Punjab Mental Hospital Lahore 1922-31 - 1922-1931
Year: 1922
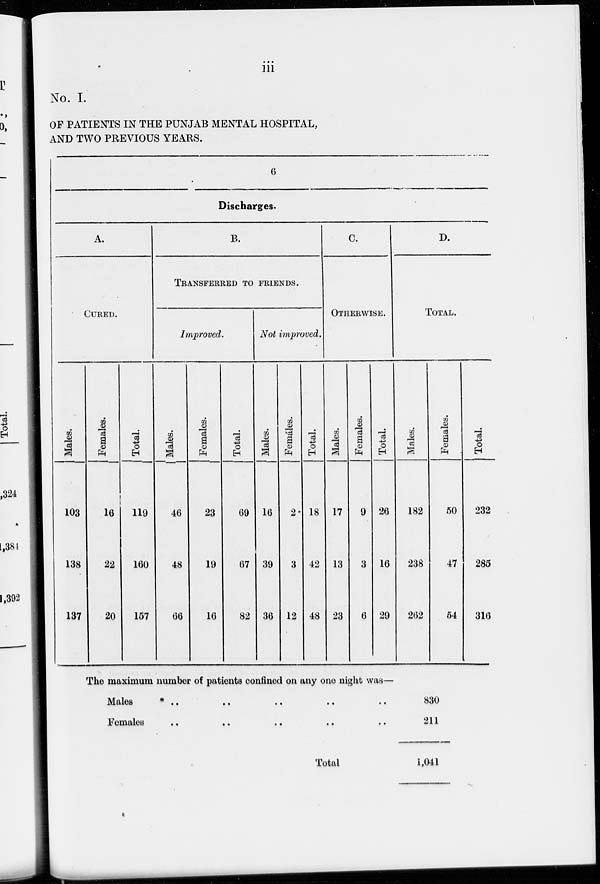
iii
No. I.
OF PATIENTS IN THE PUNJAB MENTAL HOSPITAL,
AND TWO PREVIOUS YEARS.
6
Discharges.
A.
CURED.
Males.
103
138
137
Females.
16
22
20
Total.
119
160
157
B.
TRANSFERRED TO FRIENDS.
Improved.
Males.
46
48
66
Females.
23
19
16
Total.
69
67
82
Not improved.
Males.
16
39
36
Females.
2
3
12
Total.
18
42
48
C.
OTHERWISE.
Males.
17
13
23
Females.
9
3
6
Total.
26
16
29
D.
TOTAL.
Males.
182
238
262
Females.
50
47
64
Total.
232
285
316
The maximum number of patients confined on any one night was—
Males
..
..
..
..
..
Females
..
..
..
..
..
Total
830
211
1,041